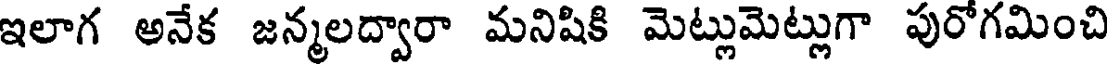
ఇలాగ అనేక జన్మలద్వారా మనిషికి మెట్లుమెట్లుగా పురోగమించి